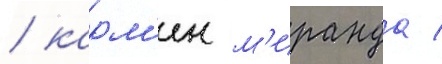
/ карм'ен м'иранда /